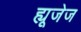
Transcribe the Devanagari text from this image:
ह्यूजेज